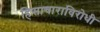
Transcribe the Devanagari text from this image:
हिसाचाराविरोधी